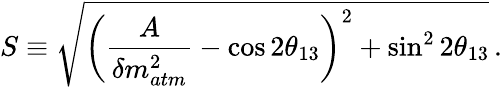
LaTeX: S\equiv\sqrt{\left({\frac{A}{\delta m_{atm}^{2}}}-\cos 2\theta_{13}\right)^{2}+\sin^{2}2\theta_{13}}\, .